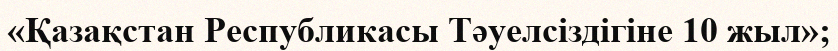
«Қазақстан Республикасы Тәуелсіздігіне 10 жыл»;